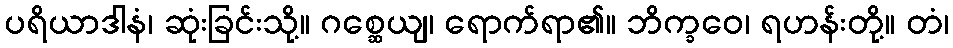
ပရိယာဒါနံ၊ ဆုံးခြင်းသို့။ ဂစ္ဆေယျ၊ ရောက်ရာ၏။ ဘိက္ခဝေ၊ ရဟန်းတို့။ တံ၊